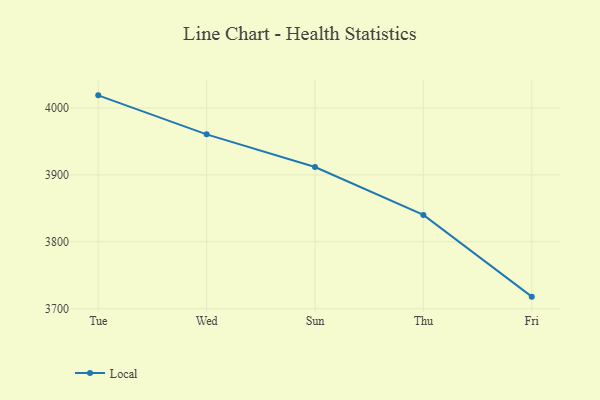
{"axis": {"x": "Day", "y": "Conversion Rate (%)"}, "legend": ["Local"], "data": [{"x": "Tue", "y": 4018.8, "type": "Local"}, {"x": "Wed", "y": 3960.5, "type": "Local"}, {"x": "Sun", "y": 3911.7, "type": "Local"}, {"x": "Thu", "y": 3840.1, "type": "Local"}, {"x": "Fri", "y": 3718.0, "type": "Local"}]}